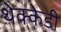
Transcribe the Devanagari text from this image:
थेक्केडी